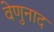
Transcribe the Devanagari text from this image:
वेणुनाद